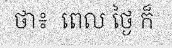
ថា៖  ពេល ថ្ងៃ ក៏